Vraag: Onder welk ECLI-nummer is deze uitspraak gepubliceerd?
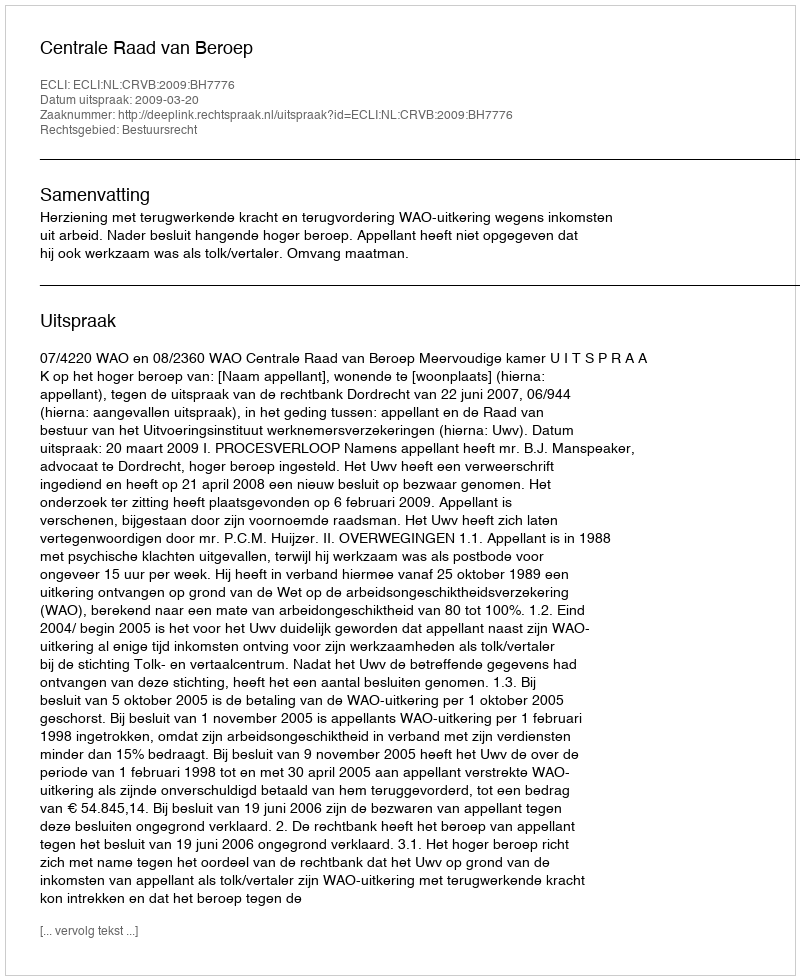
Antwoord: ECLI:NL:CRVB:2009:BH7776